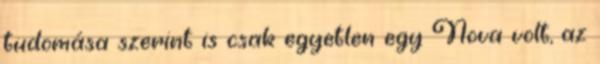
tudomása szerint is csak egyetlen egy Nova volt, az